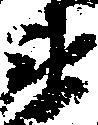
衛